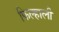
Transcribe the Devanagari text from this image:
फिल्हाली